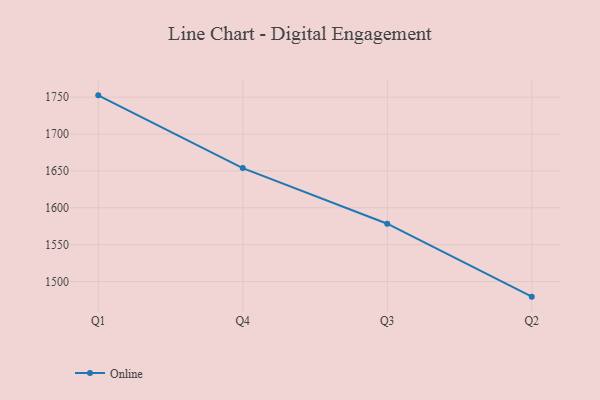
{"axis": {"x": "Quarter", "y": "Operating Costs (USD K)"}, "legend": ["Online"], "data": [{"x": "Q1", "y": 1752.4, "type": "Online"}, {"x": "Q4", "y": 1653.8, "type": "Online"}, {"x": "Q3", "y": 1578.4, "type": "Online"}, {"x": "Q2", "y": 1479.5, "type": "Online"}]}